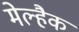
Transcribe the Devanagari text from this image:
मेल्हैक